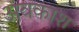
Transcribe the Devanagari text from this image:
अवकाश्‍ा